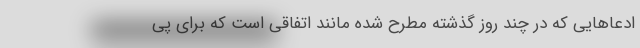
ادعاهایی که در چند روز گذشته مطرح شده مانند اتفاقی است که برای پی